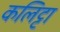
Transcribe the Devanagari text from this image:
कलिट्टा